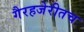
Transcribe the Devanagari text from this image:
गैरहजेरीतच